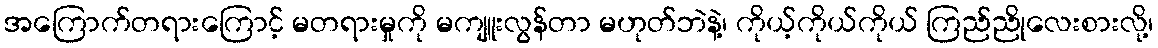
အကြောက်တရားကြောင့် မတရားမှုကို မကျူးလွန်တာ မဟုတ်ဘဲနဲ့၊ ကိုယ့်ကိုယ်ကိုယ် ကြည်ညိုလေးစားလို့၊